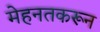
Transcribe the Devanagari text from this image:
मेहनतकरून